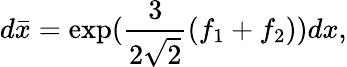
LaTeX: d\bar{x}=\exp(\frac{3}{2\sqrt{2}}(f_{1}+f_{2}))dx,